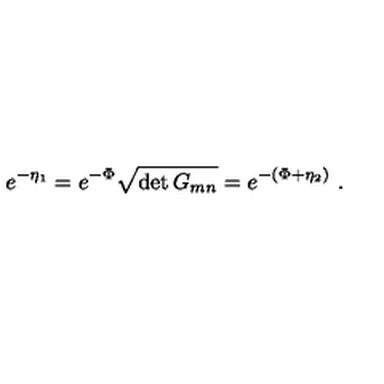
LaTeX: e ^ { - \eta _ { 1 } } = e ^ { - \Phi } \sqrt { \det G _ { m n } } = e ^ { - ( \Phi + \eta _ { 2 } ) } \ .